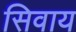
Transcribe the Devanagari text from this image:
सिवाय